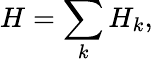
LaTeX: H=\sum_{k}H_{k},